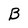
Character: B